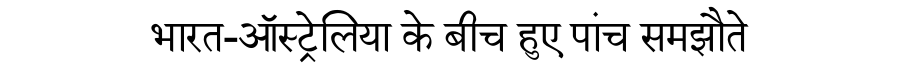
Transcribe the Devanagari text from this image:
भारत-ऑस्ट्रेलिया के बीच हुए पांच समझौते